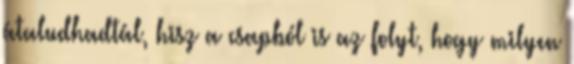
átaludhadtál, hisz a csapból is az folyt, hogy milyen